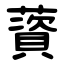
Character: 薋